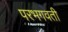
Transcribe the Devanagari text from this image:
परभगवती